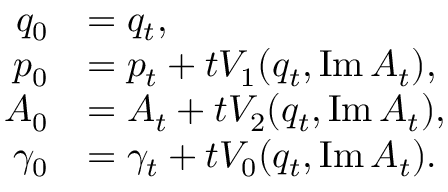
\begin{array} { r l } { q _ { 0 } } & { = q _ { t } , } \\ { p _ { 0 } } & { = p _ { t } + t V _ { 1 } ( q _ { t } , \operatorname { I m } A _ { t } ) , } \\ { A _ { 0 } } & { = A _ { t } + t V _ { 2 } ( q _ { t } , \operatorname { I m } A _ { t } ) , } \\ { \gamma _ { 0 } } & { = \gamma _ { t } + t V _ { 0 } ( q _ { t } , \operatorname { I m } A _ { t } ) . } \end{array}